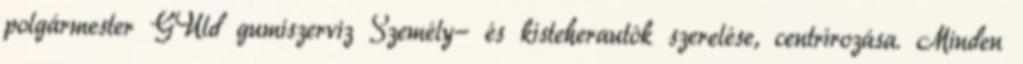
polgármester GUld gumiszerviz Személy- és kisteherautók szerelése, centrírozása. Minden